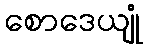
စောဒေယျုံ